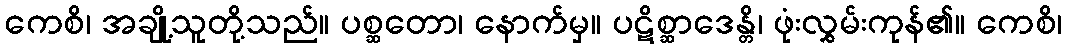
ကေစိ၊ အချို့သူတို့သည်။ ပစ္ဆတော၊ နောက်မှ။ ပဋိစ္ဆာဒေန္တိ၊ ဖုံးလွှမ်းကုန်၏။ ကေစိ၊